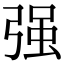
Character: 强